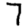
Digit: 7